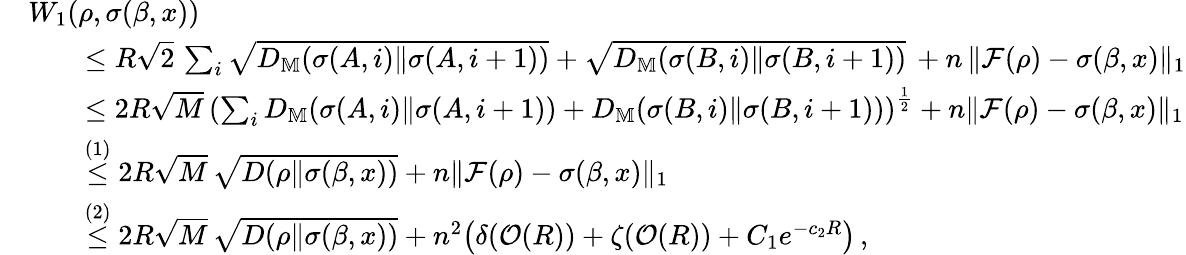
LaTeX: \begin{array}{rl}&{W_{1}(\rho,\sigma(\beta,x))}\\ &{\qquad\le R\sqrt{2}\, \sum_{i}\sqrt{D_{\mathbb{M}}(\sigma(A,i)\| \sigma(A,i+1))}+\sqrt{D_{\mathbb{M}}(\sigma(B,i)\| \sigma(B,i+1))}\, +n\, \| \mathcal{F}(\rho)-\sigma(\beta,x)\| _{1}}\\ &{\qquad\le 2R\sqrt{M}\, \left(\sum_{i}D_{\mathbb{M}}(\sigma(A,i)\| \sigma(A,i+1))+D_{\mathbb{M}}(\sigma(B,i)\| \sigma(B,i+1))\right)^{\frac{1}{2}}+n\| \mathcal{F}(\rho)-\sigma(\beta,x)\| _{1}}\\ &{\qquad\overset{(1)}{\le}2R\sqrt{M}\, \sqrt{D(\rho\| \sigma(\beta,x))}+n\| \mathcal{F}(\rho)-\sigma(\beta,x)\| _{1}}\\ &{\qquad\overset{(2)}{\le}2R\sqrt{M}\, \sqrt{D(\rho\| \sigma(\beta,x))}+n^{2}\big(\delta(\mathcal{O}(R))+\zeta(\mathcal{O}(R))+C_{1}e^{-c_{2}R}\big)\, ,}\end{array}